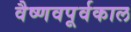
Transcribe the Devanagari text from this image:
वैष्णवपूर्वकाल